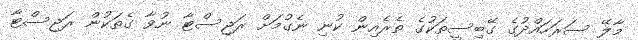
މާލޭ ސަރަހައްދުގެ ގޭބިސީތަކުގެ ތެރެއިން ކުނި ނެގުމަށް ރަޖިސްޓާ ނުވާ ގެތަކުން ރަޖިސްޓާ